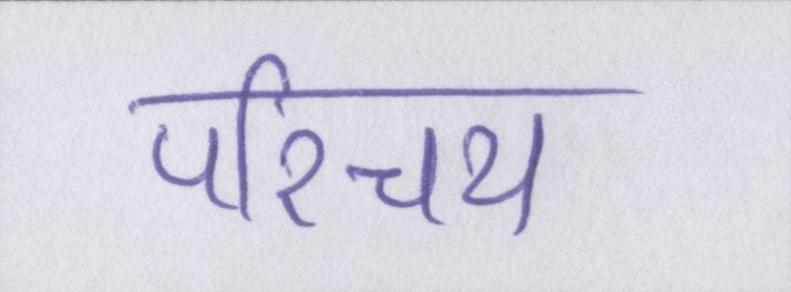
परिचय